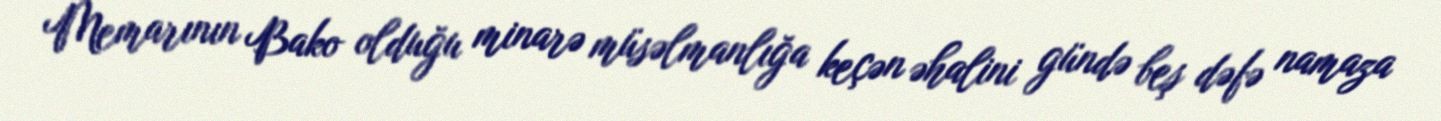
Memarının Bako olduğu minarə müsəlmanlığa keçən əhalini gündə beş dəfə namaza